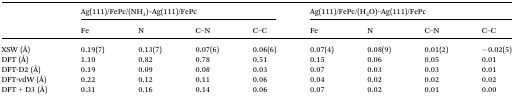
<table><thead><tr><td rowspan="2"></td><td colspan="4"><b>Ag(111)/FePc/(NH<sub>3</sub>)–Ag(111)/FePc</b></td><td colspan="4"><b>Ag(111)/FePc/(H<sub>2</sub>O)–Ag(111)/FePc</b></td></tr><tr><td><b>Fe</b></td><td><b>N</b></td><td><b>C–N</b></td><td><b>C–C</b></td><td><b>Fe</b></td><td><b>N</b></td><td><b>C–N</b></td><td><b>C–C</b></td></tr></thead><tbody><tr><td>XSW (Å)</td><td>0.19(7)</td><td>0.13(7)</td><td>0.07(6)</td><td>0.06(6)</td><td>0.07(4)</td><td>0.08(9)</td><td>0.01(2)</td><td>–0.02(5)</td></tr><tr><td>DFT (Å)</td><td>1.10</td><td>0.82</td><td>0.78</td><td>0.51</td><td>0.15</td><td>0.06</td><td>0.05</td><td>0.01</td></tr><tr><td>DFT-D2 (Å)</td><td>0.19</td><td>0.09</td><td>0.08</td><td>0.03</td><td>0.07</td><td>0.03</td><td>0.03</td><td>0.01</td></tr><tr><td>DFT-vdW (Å)</td><td>0.22</td><td>0.12</td><td>0.11</td><td>0.06</td><td>0.04</td><td>0.02</td><td>0.02</td><td>0.02</td></tr><tr><td>DFT + D3 (Å)</td><td>0.31</td><td>0.16</td><td>0.14</td><td>0.06</td><td>0.07</td><td>0.02</td><td>0.01</td><td>0.00</td></tr></tbody></table>